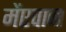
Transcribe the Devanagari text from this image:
मेंएवान